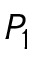
P _ { 1 }